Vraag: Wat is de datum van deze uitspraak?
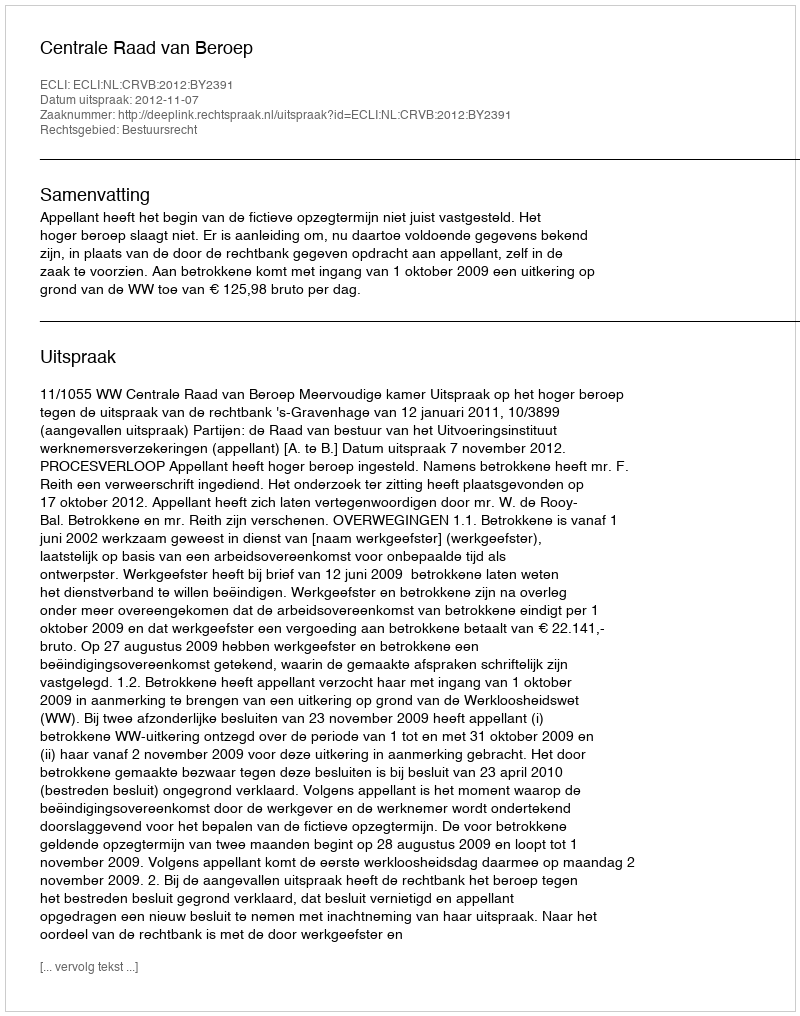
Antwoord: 2012-11-07